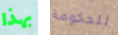
بهذا للحكومة